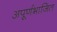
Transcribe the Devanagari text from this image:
अपूर्णभाजित